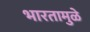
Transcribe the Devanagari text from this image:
भारतामुळे